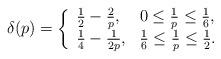
LaTeX: \begin{align*}\delta(p) = \bigg\{ \begin{array}{ll} \tfrac{1}{2} - \tfrac{2}{p} , & 0 \le \tfrac{1}{p} \le \tfrac{1}{6}, \\\tfrac{1}{4} - \tfrac{1}{2p}, & \tfrac{1}{6} \le \tfrac{1}{p} \le \tfrac{1}{2}.\end{array}\end{align*}